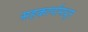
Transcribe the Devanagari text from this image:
सहकार्यामधून